Report of the King Institute of Preventive Medicine, Guindy
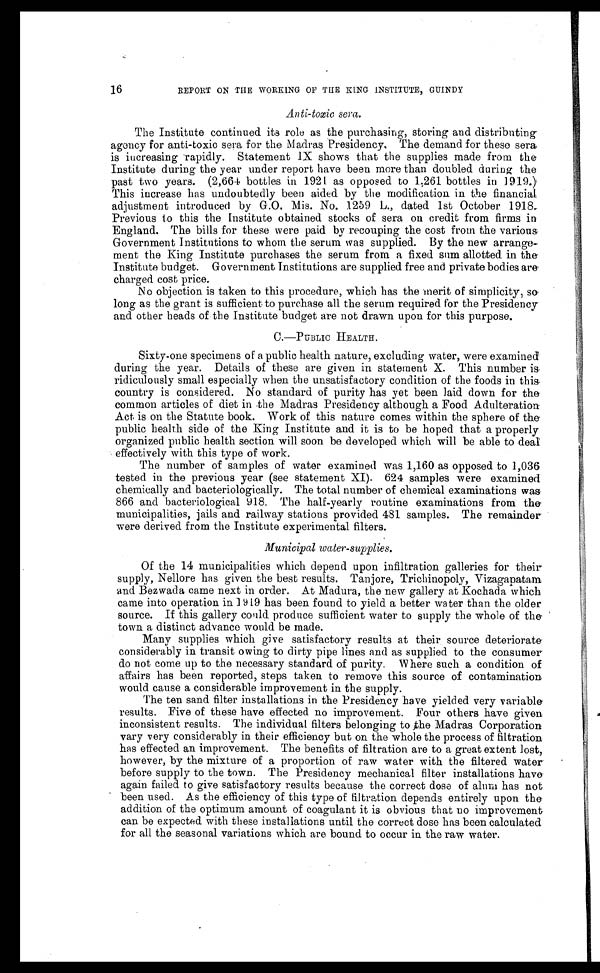
16 REPORT ON THE WORKING OF THE KING INSTITUTE, GUINDY
Anti-toxic sera.
The Institute continued its role as the purchasing, storing and distributing
agency for anti-toxic sera for the Madras Presidency. The demand for these sera
is increasing rapidly. Statement IX shows that the supplies made from the
Institute during the year under report have been more than doubled during the
past two years. (2,664 bottles in 1921 as opposed to 1,261 bottles in 1919.)
This increase has undoubtedly been aided by the modification in the financial
adjustment introduced by G.O. Mis. No. 1259 L., dated 1st October 1918.
Previous to this the Institute obtained stocks of sera on credit from firms in
England. The bills for these were paid by recouping the cost from the various,
Government Institutions to whom the serum was supplied. By the new arrange¬
ment the King Institute purchases the serum from a fixed sum allotted in the
Institute budget. Government Institutions are supplied free and private bodies are
charged cost price.
No objection is taken to this procedure, which has the merit of simplicity, so
long as the grant is sufficient to purchase all the serum required for the Presidency
and other heads of the Institute budget are not drawn upon for this purpose.
C.—PUBLIC HEALTH.
Sixty-one specimens of a public health nature, excluding water, were examined
during the year. Details of these are given in statement X. This number is
ridiculously small especially when the unsatisfactory condition of the foods in this
country is considered. No standard of purity has yet been laid down for the
common articles of diet in the Madras Presidency although a Food Adulteration
Act is on the Statute book. Work of this nature comes within the sphere of the
public health side of the King Institute and it is to be hoped that a properly
organized public health section will soon be developed which will be able to deal
effectively with this type of work.
The number of samples of water examined was 1,160 as opposed to 1,036
tested in the previous year (see statement XI). 624 samples were examined
chemically and bacteriologically. The total number of chemical examinations was
866 and bacteriological 918. The half-yearly routine examinations from the
municipalities, jails and railway stations provided 481 samples. The remainder
were derived from the Institute experimental filters.
Municipal water-supplies.
Of the 14 municipalities which depend upon infiltration galleries for their
supply, Nellore has given the best results. Tanjore, Trichinopoly, Vizagapatam
and Bezwada came next in order. At Madura, the new gallery at Kochada which
came into operation in 1919 has been found to yield a better water than the older
source. If this gallery could produce sufficient water to supply the whole of the
town a distinct advance would be made.
Many supplies which give satisfactory results at their source deteriorate
considerably in transit owing to dirty pipe lines and as supplied to the consumer
do not come up to the necessary standard of purity. Where such a condition of
affairs has been reported, steps taken to remove this source of contamination
would cause a considerable improvement in the supply.
The ten sand filter installations in the Presidency have yielded very variable
results. Five of these have effected no improvement. Four others have given
inconsistent results. The individual filters belonging to the Madras Corporation
vary very considerably in their efficiency but on the whole the process of filtration
has effected an improvement. The benefits of filtration are to a great extent lost,
however, by the mixture of a proportion of raw water with the filtered water
before supply to the town. The Presidency mechanical filter installations have
again failed to give satisfactory results because the correct dose of alum has not
been used. As the efficiency of this type of filtration depends entirely upon the
addition of the optimum amount of coagulant it is obvious that no improvement
can be expected with these installations until the correct dose has been calculated
for all the seasonal variations which are bound to occur in the raw water.